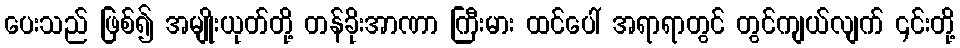
ပေးသည် ဖြစ်၍ အမျိုးယုတ်တို့ တန်ခိုးအာဏာ ကြီးမား ထင်ပေါ် အရာရာတွင် တွင်ကျယ်လျက် ၎င်းတို့